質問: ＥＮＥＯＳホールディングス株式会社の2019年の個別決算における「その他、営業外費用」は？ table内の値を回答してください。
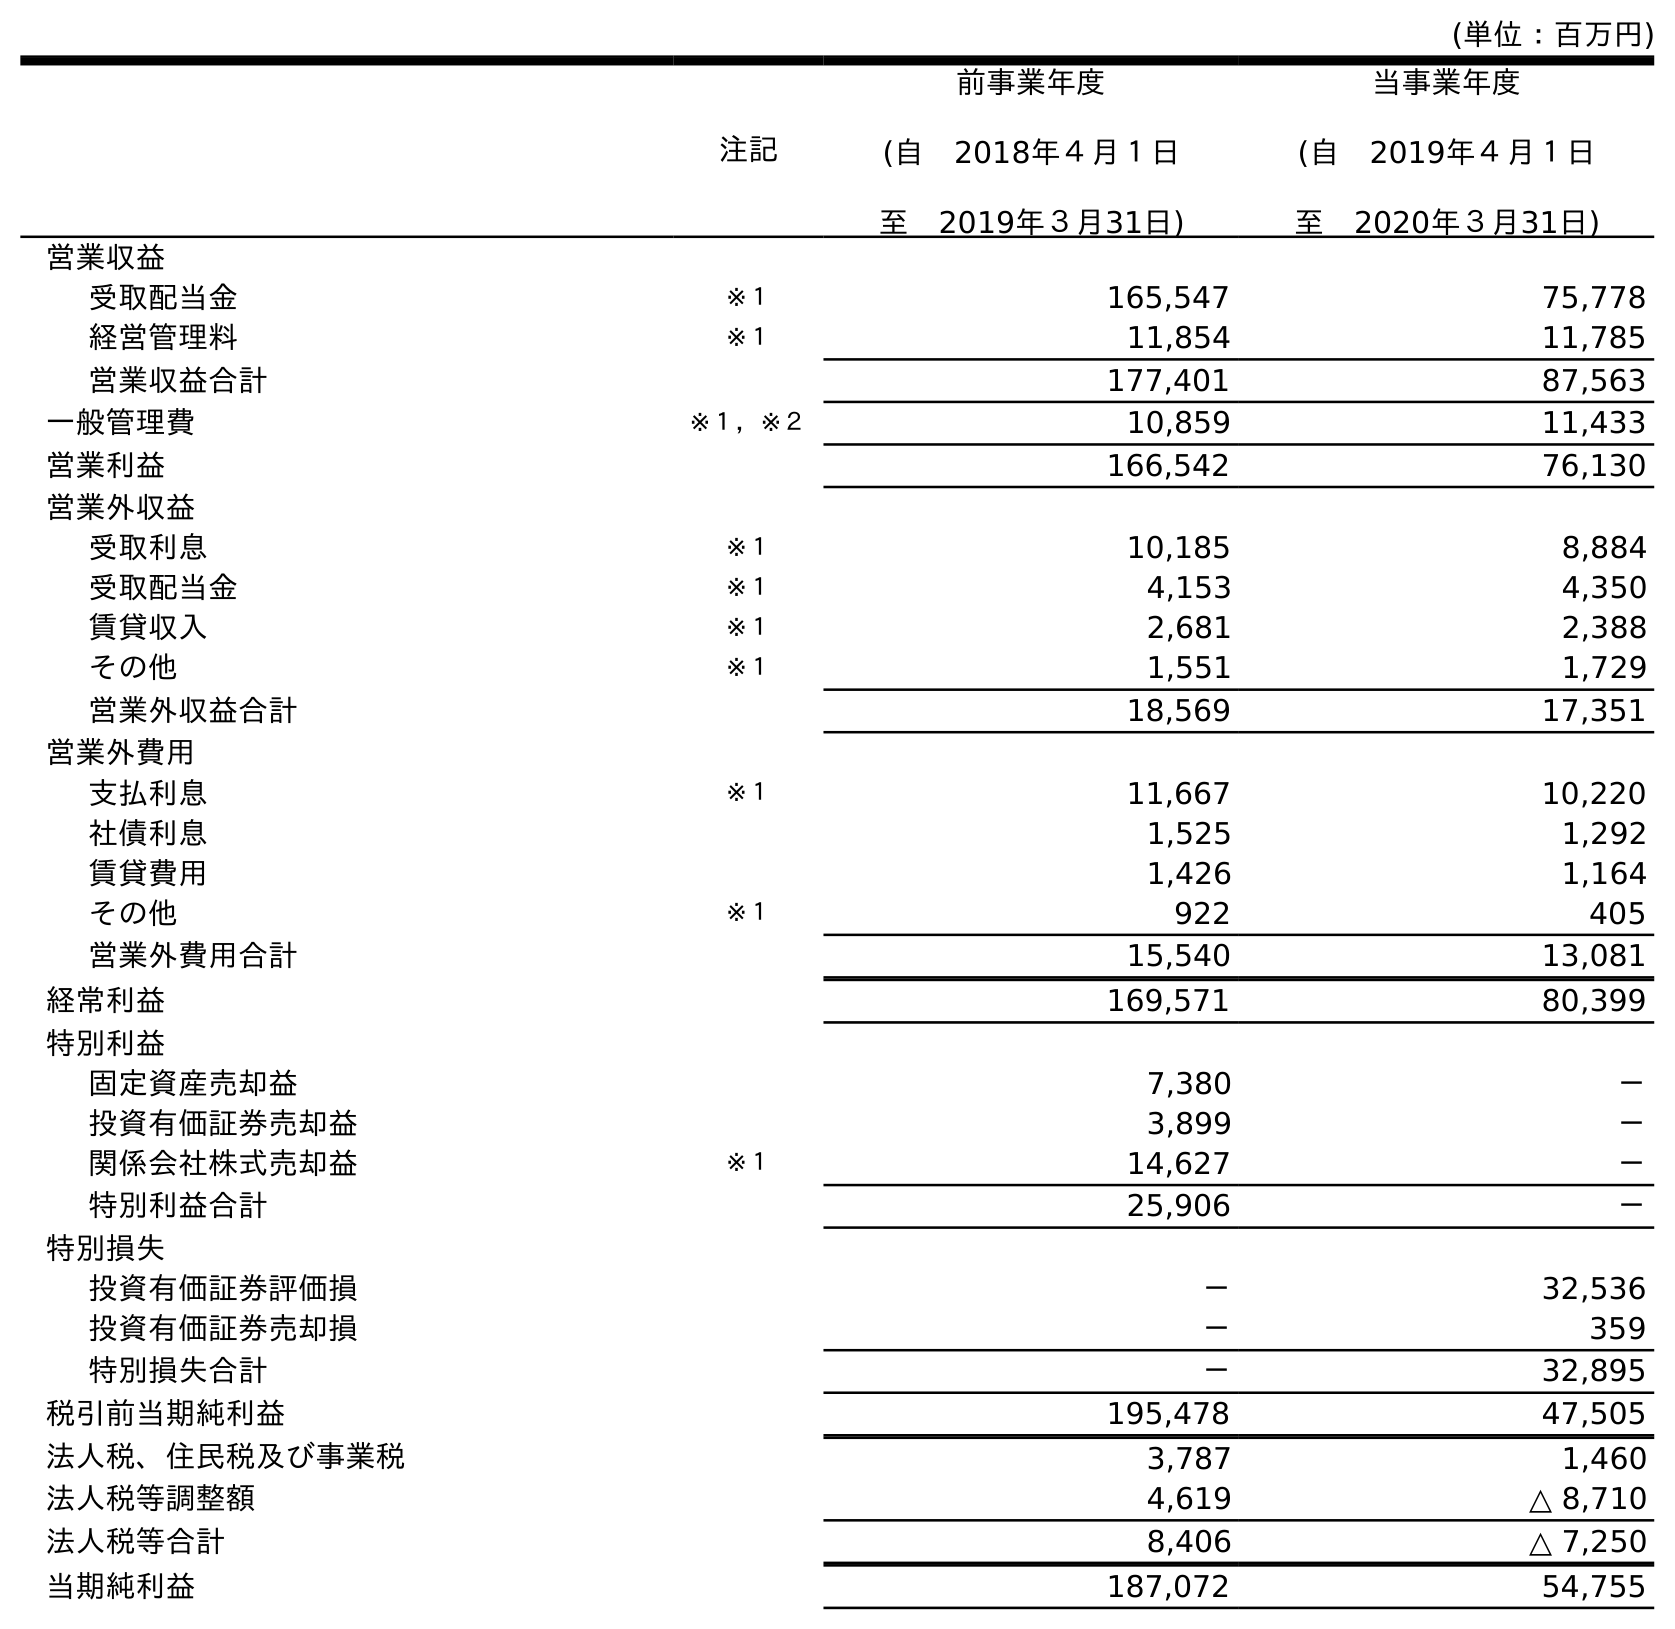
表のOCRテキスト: (単位：百万円) 注記 前事業年度 (自 2018年４月１日 至 2019年３月31日) 当事業年度 (自 2019年４月１日 至 2020年３月31日) 営業収益 受取配当金 ※１ 165,547 75,778 経営管理料 ※１ 11,854 11,785 営業収益合計 177,401 87,563 一般管理費 ※１，※２ 10,859 11,433 営業利益 166,542 76,130 営業外収益 受取利息 ※１ 10,185 8,884 受取配当金 ※１ 4,153 4,350 賃貸収入 ※１ 2,681 2,388 その他 ※１ 1,551 1,729 営業外収益合計 18,569 17,351 営業外費用 支払利息 ※１ 11,667 10,220 社債利息 1,525 1,292 賃貸費用 1,426 1,164 その他 ※１ 922 405 営業外費用合計 15,540 13,081 経常利益 169,571 80,399 特別利益 固定資産売却益 7,380 － 投資有価証券売却益 3,899 － 関係会社株式売却益 ※１ 14,627 － 特別利益合計 25,906 － 特別損失 投資有価証券評価損 － 32,536 投資有価証券売却損 － 359 特別損失合計 － 32,895 税引前当期純利益 195,478 47,505 法人税、住民税及び事業税 3,787 1,460 法人税等調整額 4,619 △ 8,710 法人税等合計 8,406 △ 7,250 当期純利益 187,072 54,755
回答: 922